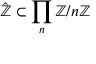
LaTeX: { \hat { \mathbb { Z } } } \subset \prod _ { n } \mathbb { Z } / n \mathbb { Z }